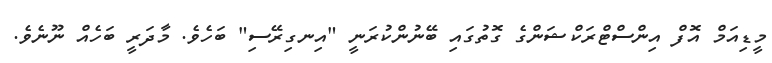
މީޑިއަމް އޮފް އިންސްޓްރަކްޝަންގެ ގޮތުގައި ބޭނުންކުރަނީ "އިނގިރޭސި" ބަހެވެ. މާދަރީ ބަހެއް ނޫނެވެ.